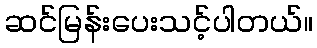
ဆင်မြန်းပေးသင့်ပါတယ်။